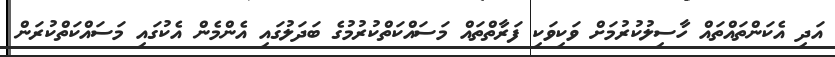
އަދި އެކަންތައްތައް ހާސިލުކުރުމަށް ވަކިވަކި ފަރާތްތައް މަސައްކަތްކުރުމުގެ ބަދަލުގައި އެންމެން އެކުގައި މަސައްކަތްކުރަން